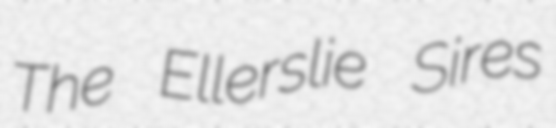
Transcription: The Ellerslie Sires